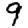
Digit: 9